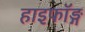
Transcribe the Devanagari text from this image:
हाइफॉङ्ग